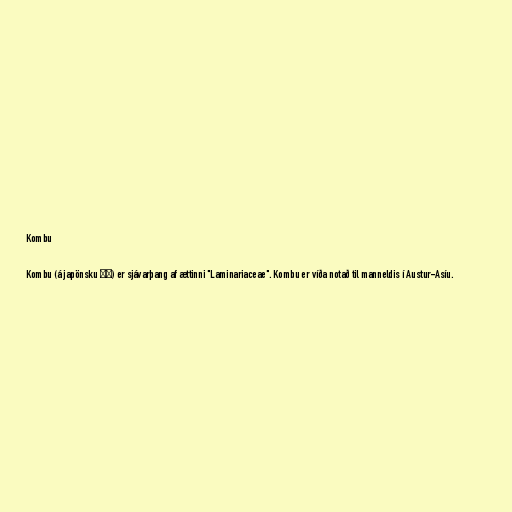
Kombu

Kombu (á japönsku 昆布) er sjávarþang af ættinni "Laminariaceae". Kombu er víða notað til manneldis í Austur-Asíu.